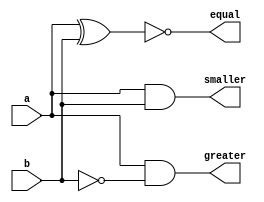
module comparator_1bit (
    input a,
    input b,
    output smaller,
    output equal,
    output greater
);
    
    wire not_a;
    wire not_b;

    not not1 (not_a, a);
    not not2 (not_b, b);

    and and1 (smaller, a,b);
    xnor nxor1 (equal, a, b);
    and and2 (greater, a, not_b);

endmodule